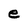
Character: e